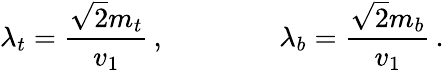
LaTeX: \lambda_{t}=\frac{\sqrt{2}m_{t}}{v_{1}}\, ,\qquad\qquad\lambda_{b}=\frac{\sqrt{2}m_{b}}{v_{1}}\, .